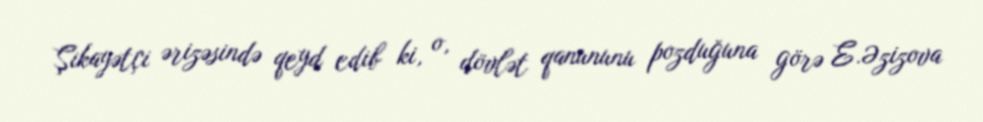
Şikayətçi ərizəsində qeyd edib ki, o, dövlət qanununu pozduğuna görə E.Əzizova